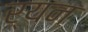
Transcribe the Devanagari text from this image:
र्यन